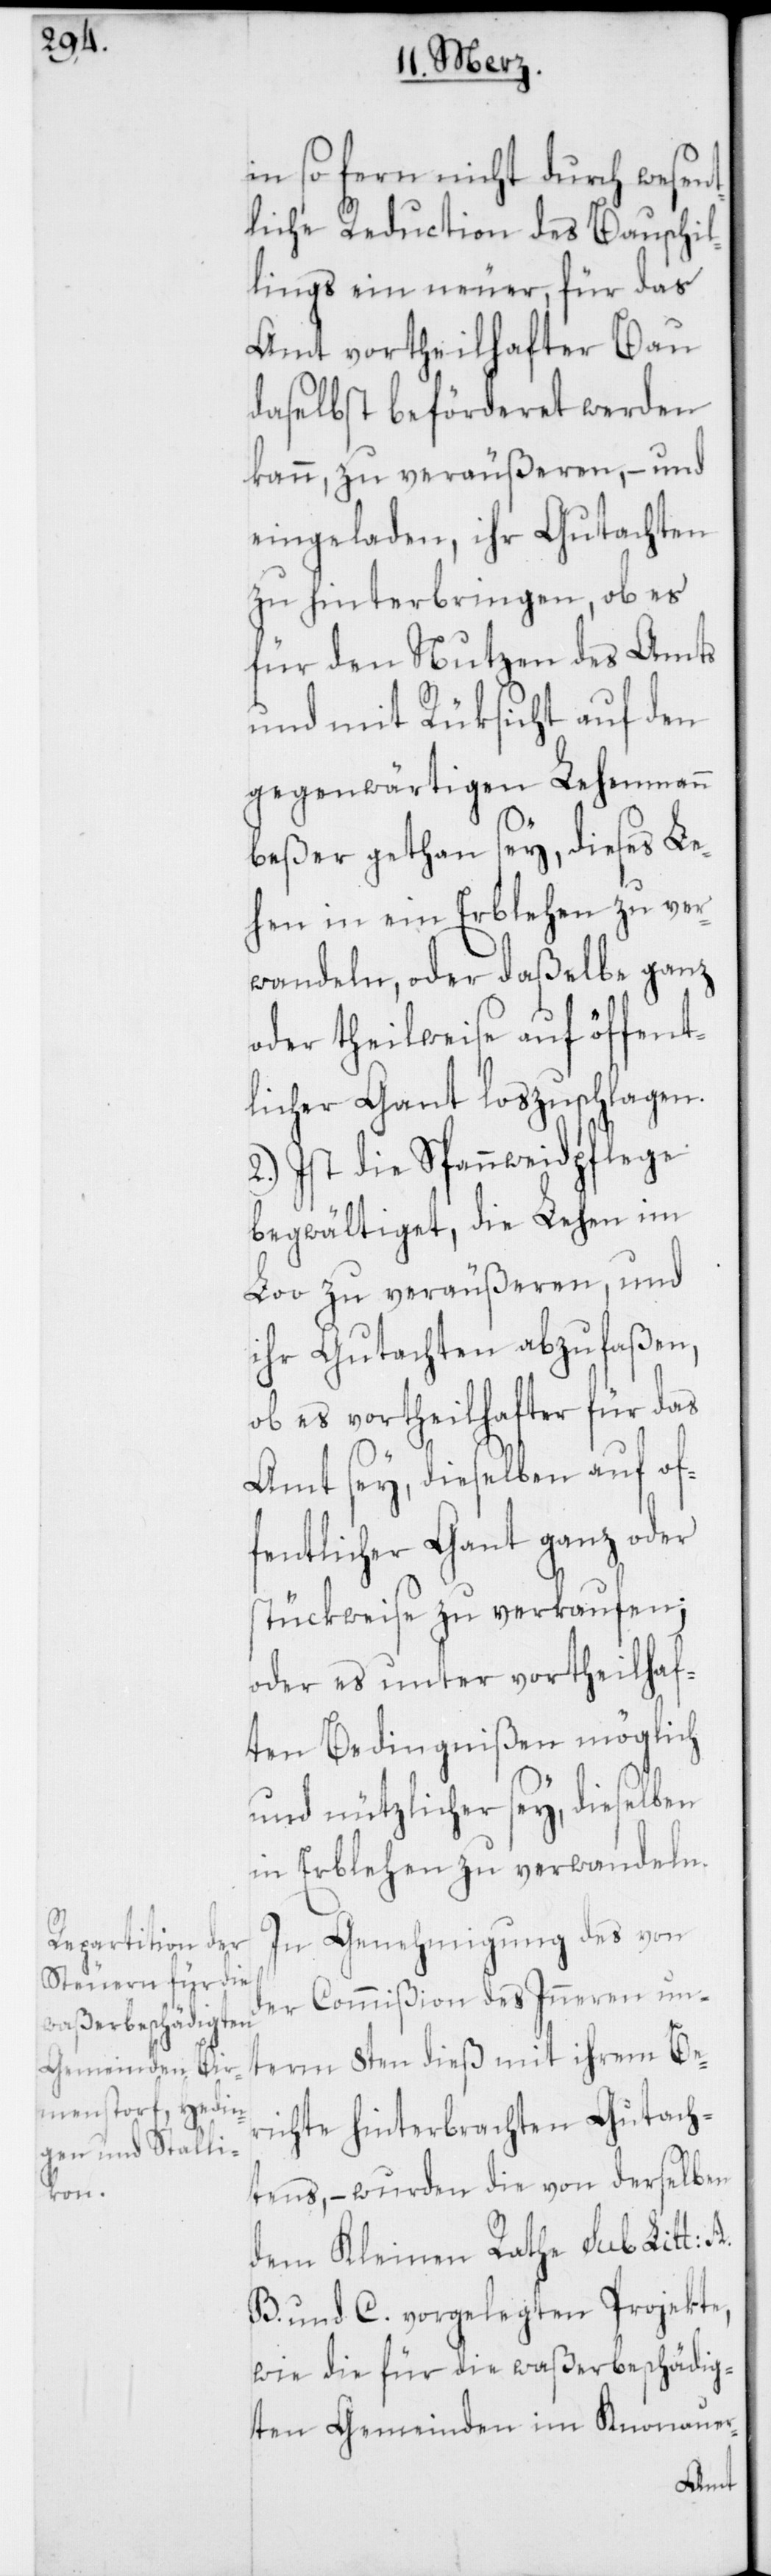
in so fern nicht durch wesent¬
liche Reduction des Bauschil¬
lings ein neuer, für das
Amt vortheilhafter Bau
daselbst beförderet werden
kann, zu veräußeren, – und
eingeladen, ihr Gutachten
zu hinterbringen, ob es
für den Nutzen des Amts
und mit Rüksicht auf den
gegenwärtigen Lehenmann
beßer gethan sey, dieses Le¬
hen in ein Erblehen zu ver¬
wandeln, oder daßelbe ganz
oder theilweise auf öffent¬
licher Gant loszuschlagen.
2.) Ist die Spanweidpflege
begwältiget, die Lehen im
Loo zu veräußeren, und
ihr Gutachten abzufaßen,
ob es vortheilhafter für das
Amt sey, dieselben auf of¬
fentlicher Gant ganz oder
stückweise zu verkaufen;
oder es unter vortheilhaf¬
ten Bedingnißen möglich
und nützlicher sey, dieselben
in Erblehen zu verwandeln.
In Genehmigung des von
der Commißion des Inneren un¬
term 8ten dieß mit ihrem Be¬
richte hinterbrachten Gutach¬
tens, – wurden die von derselben
dem Kleinen Rathe sub Litt: A.
B. und C. vorgelegten Projekte,
wie die für die waßerbeschädig¬
ten Gemeinden im Knonauer-